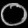
Digit: ၀